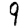
Digit: 9